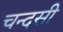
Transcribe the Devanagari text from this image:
चन्दसी